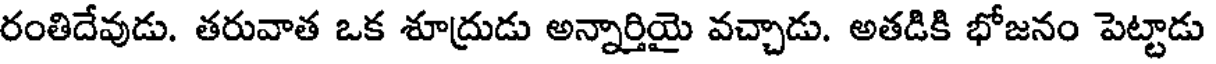
రంతిదేవుడు. తరువాత ఒక శూద్రుడు అన్నార్తియై వచ్చాడు. అతడికి భోజనం పెట్టాడు